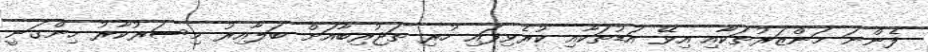
ފެންނަ މަންޒަރުތަކާއި އިވޭ އަޑުތަކާއި ކުރެވިފައި ހުރި ތަޖުރިބާއަށް ބަލާއިރު މިސަރުކާރު ހިންގަނީ